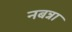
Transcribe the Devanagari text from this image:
नबन्ना